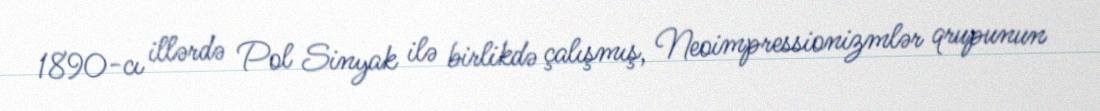
1890-cı illərdə Pol Sinyak ilə birlikdə çalışmış, Neoimpressionizmlər qrupunun